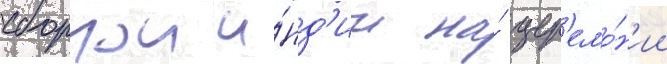
сборнои и́нд'ии на́ цер'емо́н'ии